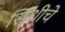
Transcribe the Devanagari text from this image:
सिंधीचे